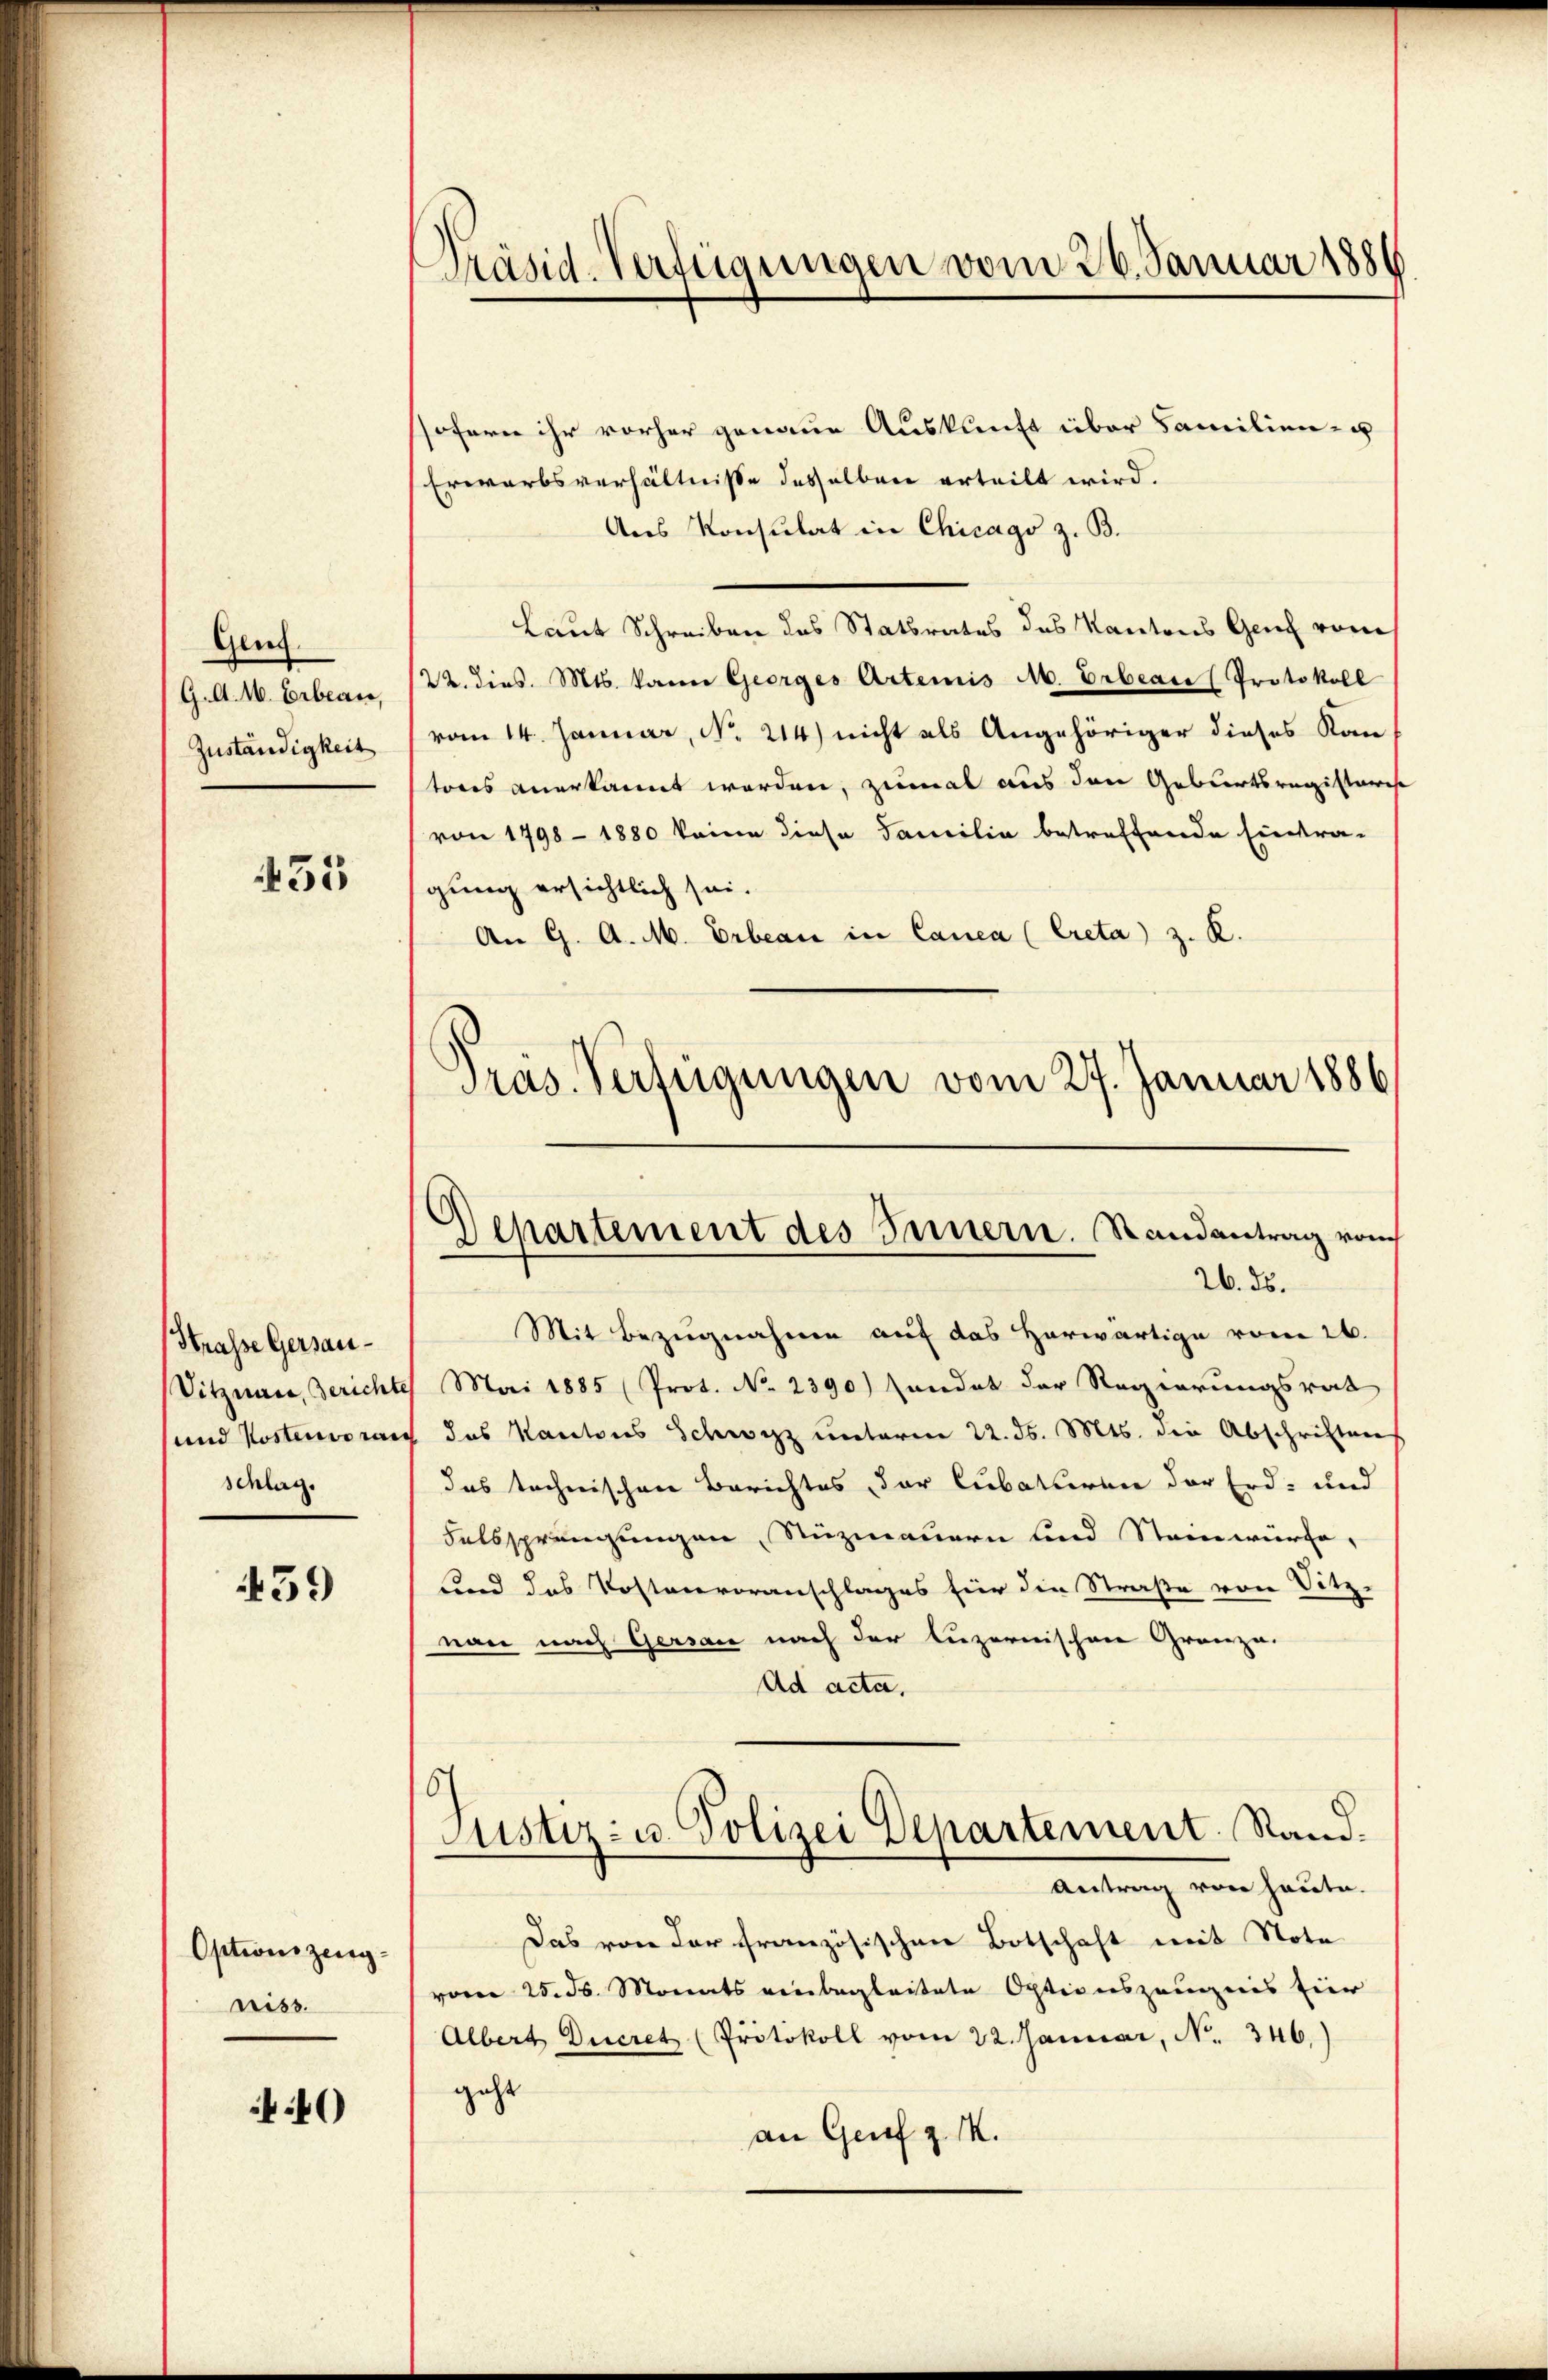
Gen.
G. d. M. Erbean,
Zuständigkeit

435

Strasse Gersau¬
Vitznau, Gerichte
und Kosten voran
Schlag.

459

Optionszeugriss.

0

Präsid-Verfügungen vom 26. Januar 1886

sofern ihr vorher genaue Auskunft über Familien- u
Erwarbsverhältnisse desselben erteilt wird.
Aus Konsulat in Chicago z. B.
Laut Schreiben des Statsrates des Kantons Genf von
22. dies. Mts. kann Georges Arteiis M. Erbeare (Protokoll
vom 14. Januar, No. 214) nicht als Angehöriger dieses Kan-
tores anerkannt werden, zumal aus den Geburtsregisteris
von 1798 - 1880 keine diese Familia betreffende Eintra-
gung ersichtlich sei.
An G. A. M. Erbeau in Canca (Creta) z. K.
Präs. Verfügungen vom 27. Januar 1886

)
Departement des Innern. Randantrag vom
26. ds.

Mit Bezugnahme auf das Herwärtige vom 26.
Mai 1885 (Prot. No. 2390) handet der Regierungsrat
1 das Kantons Schwyz unterm 22. ds. Mts. die Abschriften
das technischen Berichtes der Cubaturen der Erd- und
Falssprengungen, Nuzmauern und Steinwürfe,
und das Kostenvoranschlages für die Straße von Sitz-
nan nach Gersau nach der luzernischene Gränze.
Ad acta,
)
Justiz- u. Polizei Departement. Stand.
Antrag von heute.
Das von der französischen Botschaft mit Note
vom 25. ds. Monats einbegleitete Optionszeugnis hier
Albert Decret (Protokoll vom 22. Januar, N. 346.)
geht
an Genf z. M.